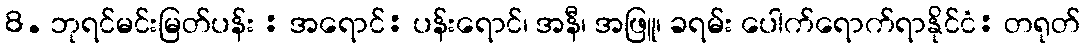
8. ဘုရင်မင်းမြတ်ပန်း : အရောင်: ပန်းရောင်၊ အနီ၊ အဖြူ၊ ခရမ်း ပေါက်ရောက်ရာနိုင်ငံ: တရုတ်